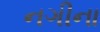
નગીના